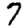
Digit: 7